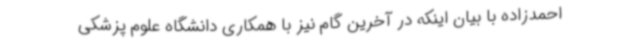
احمدزاده با بیان اینکه در آخرین گام نیز با همکاری دانشگاه علوم پزشکی